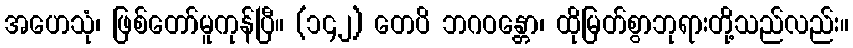
အဟေသုံ၊ ဖြစ်တော်မူကုန်ပြီ။ (၁၄၂) တေပိ ဘဂဝန္တော၊ ထိုမြတ်စွာဘုရားတို့သည်လည်း။